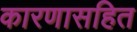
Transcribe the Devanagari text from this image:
कारणासहित